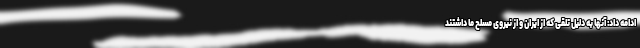
ادامه داد: آنها به دلیل تلقی که از ایران و از نیروی مسلح ما داشتند